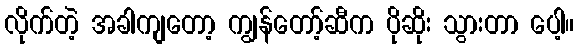
လိုက်တဲ့ အခါကျတော့ ကျွန်တော့်ဆီက ပိုဆိုး သွားတာ ပေါ့။